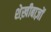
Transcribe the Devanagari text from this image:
शेख़ीबाज़ों